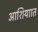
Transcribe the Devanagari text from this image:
आशियाात